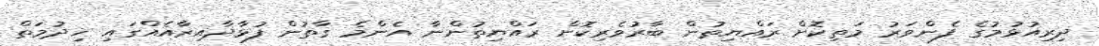
ދިރިއުޅުމުގެ ފެންވަރު މަތިކޮށް ރައްޔިތުން ބާރުވެރިކޮށް ރައްޔިތުންނާ އެންމެ ގާތުން ފުޅާދާއިރާއެއްގައި ޚިދުމަތް